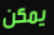
يمكن